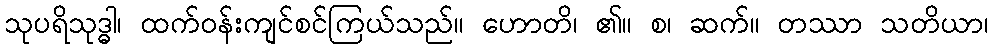
သုပရိသုဒ္ဓါ၊ ထက်ဝန်းကျင်စင်ကြယ်သည်။ ဟောတိ၊ ၏။ စ၊ ဆက်။ တဿာ သတိယာ၊